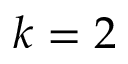
k = 2